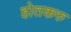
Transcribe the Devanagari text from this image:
होतकरु